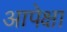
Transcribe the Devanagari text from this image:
आपेक्षा